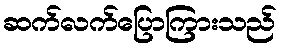
ဆက်လက်ပြောကြားသည်